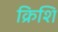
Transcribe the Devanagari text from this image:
क्रिशि